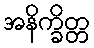
အနိက္ခိတ္တ